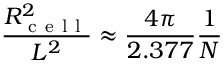
\frac { R _ { \mathrm { ~ c ~ e ~ l ~ l ~ } } ^ { 2 } } { L ^ { 2 } } \approx \frac { 4 \pi } { 2 . 3 7 7 } \frac { 1 } { N }